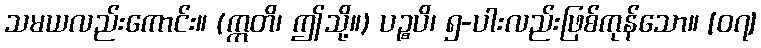
သမယလည်းကောင်း။ (ဣတိ၊ ဤသို့။) ပဉ္စပိ၊ ၅-ပါးလည်းဖြစ်ကုန်သော။ [၀၇]